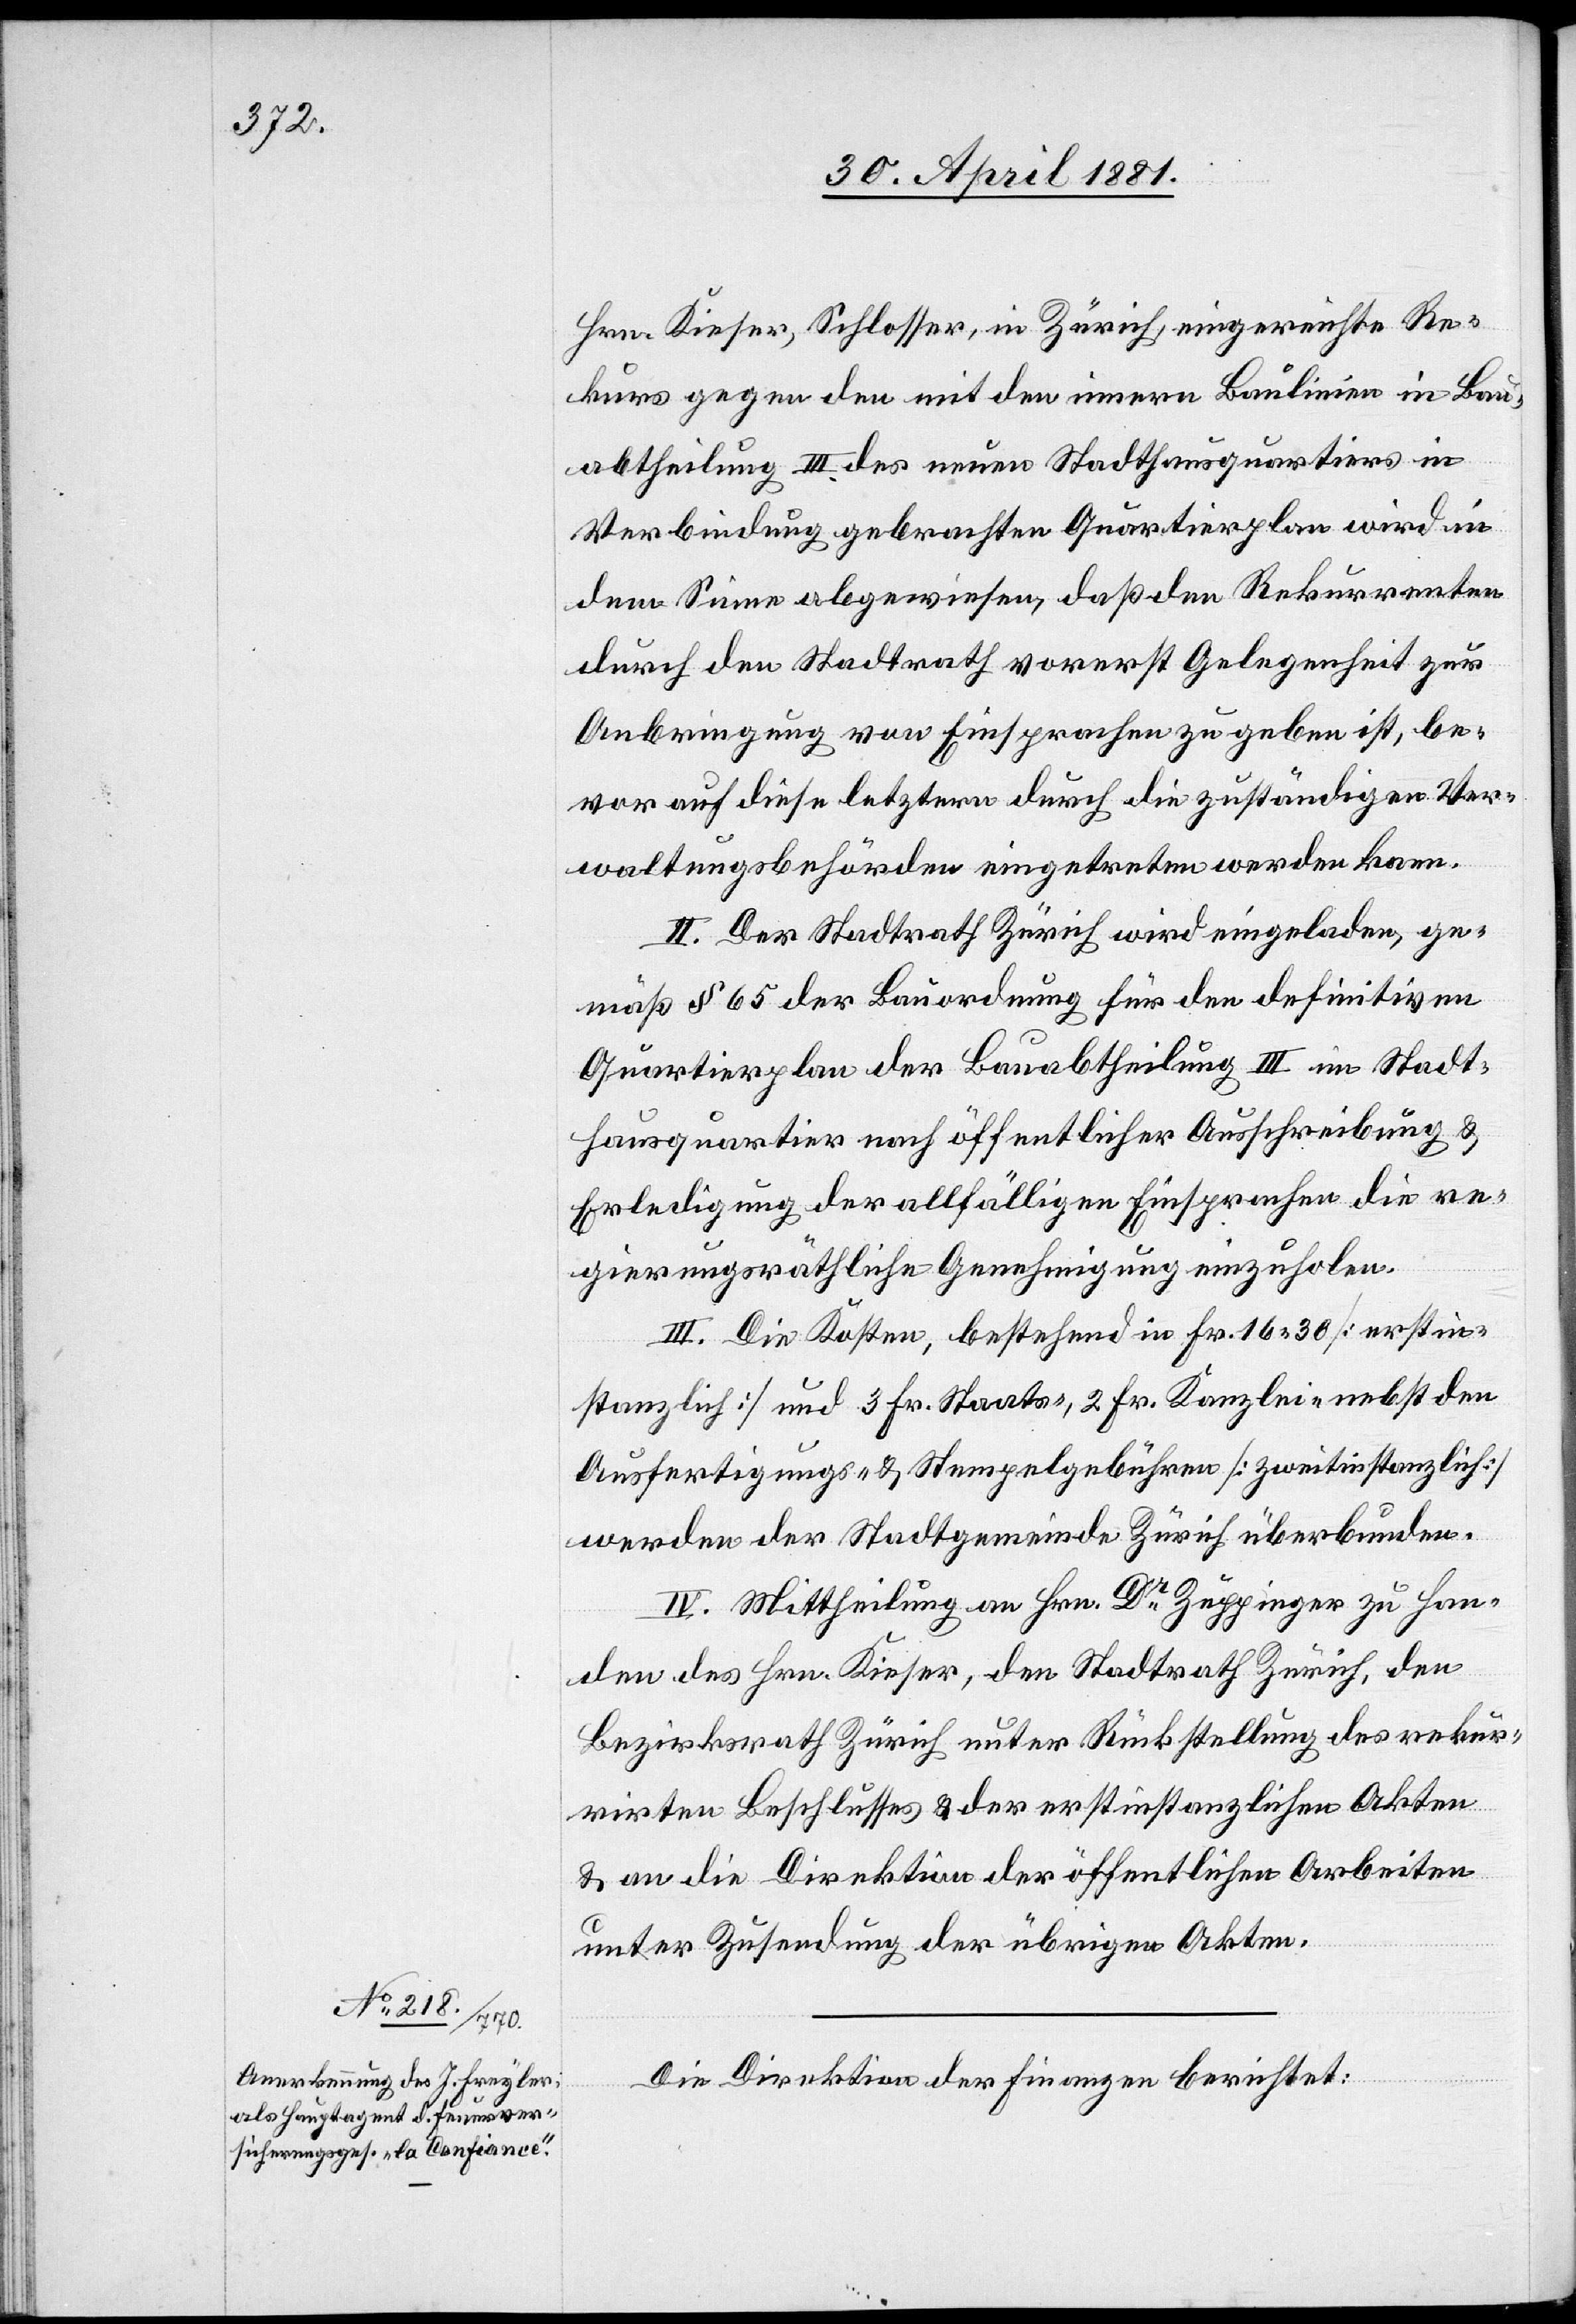
Die Direktion der Finanzen berichtet: